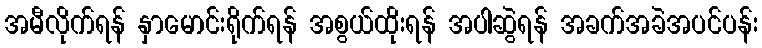
အမီလိုက်ရန် နှာမောင်းရိုက်ရန် အစွယ်ထိုးရန် အပါဆွဲရန် အခက်အခဲအပင်ပန်း